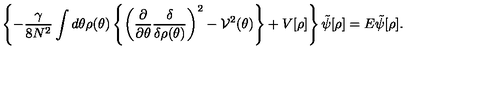
\left\{ - \frac { \gamma } { 8 N ^ { 2 } } \int d \theta \rho ( \theta ) \left\{ \left( \frac { \partial } { \partial \theta } \frac { \delta } { \delta \rho ( \theta ) } \right) ^ { 2 } - { \cal V } ^ { 2 } ( \theta ) \right\} + V [ \rho ] \right\} \tilde { \psi } [ \rho ] = E \tilde { \psi } [ \rho ] .